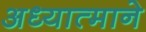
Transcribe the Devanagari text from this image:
अध्यात्माने